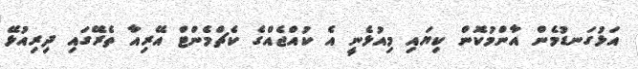
އަޅުގަނޑުމެން އާންމުކޮން ކިޔައި މިއުޅެނީ އެ ކުއްޖެއްގެ ކެޗްމެންޓް އޭރިއާ ތެރޭގައި ދިރިއުޅޭ